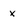
Character: x